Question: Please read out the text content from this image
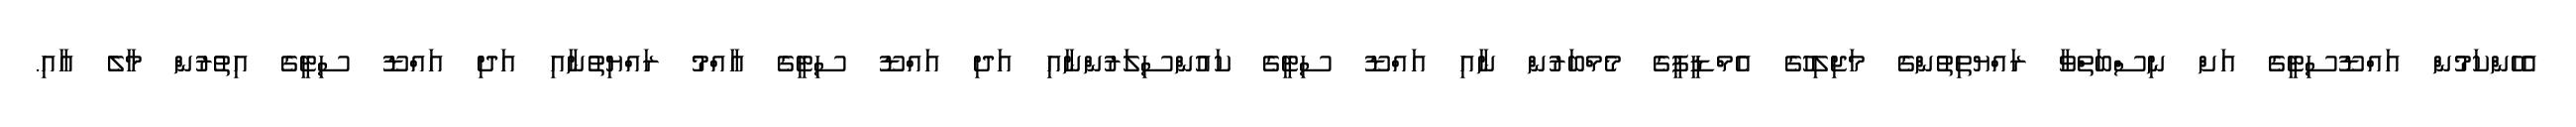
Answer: އެހެންކަމުން އައްޑޫސިޓީގެ އަށް ނިސްބަތްވާ ރައްޔތިތުންގެ މަޖިލިހުގެ އެމްޑީޕީގެ މެމްބަރުން ނާއި އައްޑޫ ސިޓީގެ ކައުންސިލަރުންނާއި އަދި އައްޑޫ ސިޓީގެ އާއްމު ރައްޔިތުނާއި އަދި އައްޑޫ ސިޓީގެ އިތުރުން މާލެ އާއި.